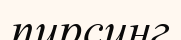
пирсинг